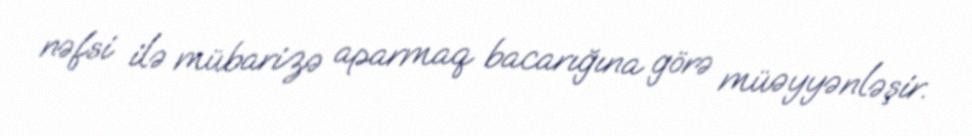
nəfsi ilə mübarizə aparmaq bacarığına görə müəyyənləşir.